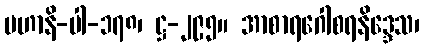
မဟာနိ-ပါ-၁၇၈၊ ဋ္ဌ-၂၉၅။ အာစာရဂေါစရနိဒ္ဒေသ၊